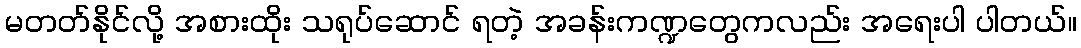
မတတ်နိုင်လို့ အစားထိုး သရုပ်ဆောင် ရတဲ့ အခန်းကဏ္ဍတွေကလည်း အရေးပါ ပါတယ်။